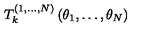
T _ { k } ^ { ( 1 , \dots , N ) } \left( \theta _ { 1 } , \dots , \theta _ { N } \right)